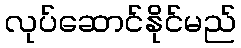
လုပ်ဆောင်နိုင်မည်